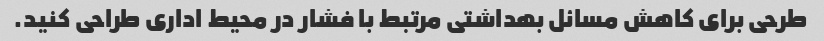
طرحی برای کاهش مسائل بهداشتی مرتبط با فشار در محیط اداری طراحی کنید.